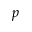
p